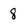
Character: 8